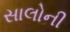
સાલોની